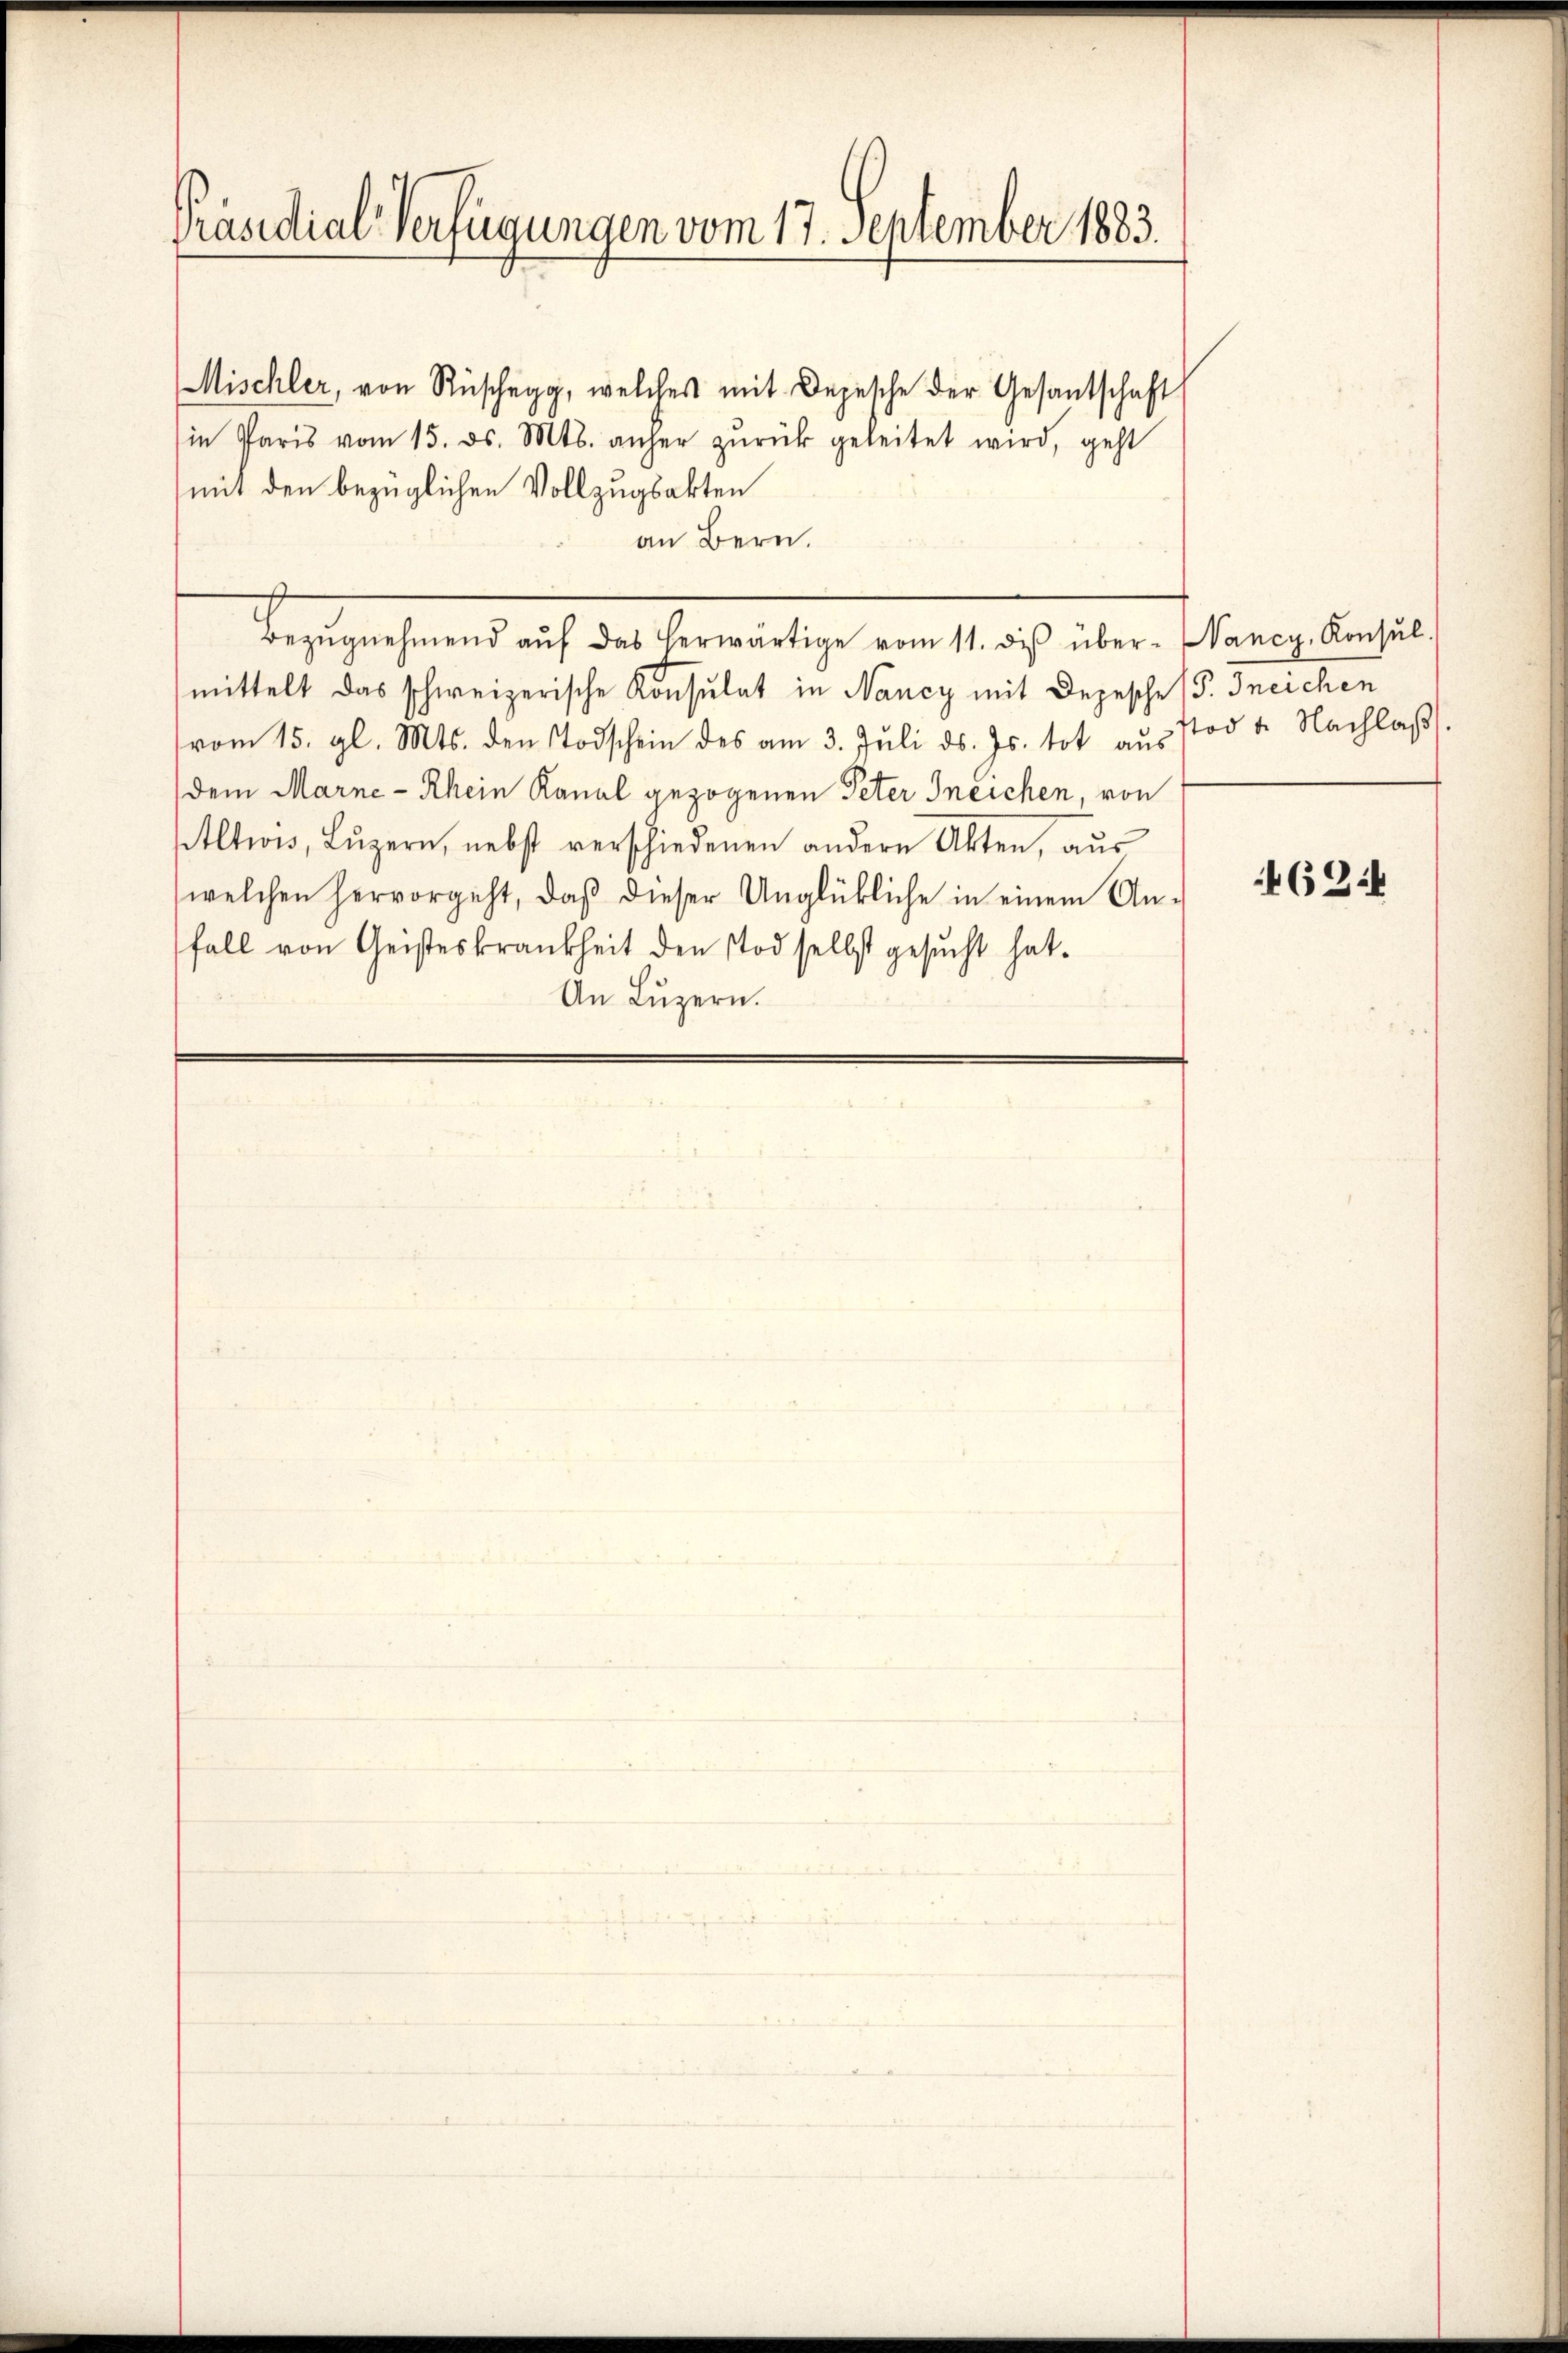
Prandial-Verfügungen vom 17. September 1883.

Mischler, von Rüschegg, welches mit Depesche der Gesantschaft
in Paris vom 15. ds. Mts. anher zŭrück geleitet wird, geht
mit den bezüglichen Vollzugsakten
an Bern.
Bergehend auf der bereitige vom 1. es aber ernstlichen
mittelt das schweizerische Konsulat in Nancy mit Depesche (S. Ineichen
vom 15. gl. Mts. den Todschein des am 3. Juli d. Js. tot aŭs stod 4. Nachlaβ
dem Marne-Rhein Kanal gezogenen Peter Ineichen, von
Altwis, Luzern, nebst verschiedenen andern Akten, aus
(welchen hervorgeht, daβ dieser Unglükliche in einem An-
fall von Geisteskrankheit den Tod selbst gesucht hat.
An Luzern.

62:4